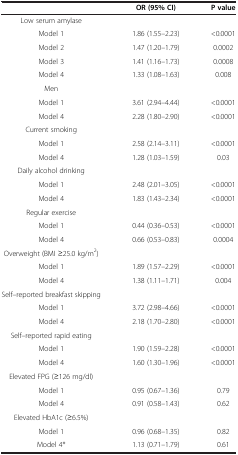
<table><thead><tr><td><b> </b></td><td><b>OR (95% CI)</b></td><td><b>P value</b></td></tr></thead><tbody><tr><td>Low serum amylase</td><td> </td><td> </td></tr><tr><td>Model 1</td><td>1.86 (1.55–2.23)</td><td>&lt;0.0001</td></tr><tr><td>Model 2</td><td>1.47 (1.20–1.79)</td><td>0.0002</td></tr><tr><td>Model 3</td><td>1.41 (1.16–1.73)</td><td>0.0008</td></tr><tr><td>Model 4</td><td>1.33 (1.08–1.63)</td><td>0.008</td></tr><tr><td>Men</td><td> </td><td> </td></tr><tr><td>Model 1</td><td>3.61 (2.94–4.44)</td><td>&lt;0.0001</td></tr><tr><td>Model 4</td><td>2.28 (1.80–2.90)</td><td>&lt;0.0001</td></tr><tr><td>Current smoking</td><td> </td><td> </td></tr><tr><td>Model 1</td><td>2.58 (2.14–3.11)</td><td>&lt;0.0001</td></tr><tr><td>Model 4</td><td>1.28 (1.03–1.59)</td><td>0.03</td></tr><tr><td>Daily alcohol drinking</td><td> </td><td> </td></tr><tr><td>Model 1</td><td>2.48 (2.01–3.05)</td><td>&lt;0.0001</td></tr><tr><td>Model 4</td><td>1.83 (1.43–2.34)</td><td>&lt;0.0001</td></tr><tr><td>Regular exercise</td><td> </td><td> </td></tr><tr><td>Model 1</td><td>0.44 (0.36–0.53)</td><td>&lt;0.0001</td></tr><tr><td>Model 4</td><td>0.66 (0.53–0.83)</td><td>0.0004</td></tr><tr><td>Overweight (BMI ≥25.0 kg/m<sup>2</sup>)</td><td> </td><td> </td></tr><tr><td>Model 1</td><td>1.89 (1.57–2.29)</td><td>&lt;0.0001</td></tr><tr><td>Model 4</td><td>1.38 (1.11–1.71)</td><td>0.004</td></tr><tr><td>Self–reported breakfast skipping</td><td> </td><td> </td></tr><tr><td>Model 1</td><td>3.72 (2.98–4.66)</td><td>&lt;0.0001</td></tr><tr><td>Model 4</td><td>2.18 (1.70–2.80)</td><td>&lt;0.0001</td></tr><tr><td>Self–reported rapid eating</td><td> </td><td> </td></tr><tr><td>Model 1</td><td>1.90 (1.59–2.28)</td><td>&lt;0.0001</td></tr><tr><td>Model 4</td><td>1.60 (1.30–1.96)</td><td>&lt;0.0001</td></tr><tr><td>Elevated FPG (≥126 mg/dl)</td><td> </td><td> </td></tr><tr><td>Model 1</td><td>0.95 (0.67–1.36)</td><td>0.79</td></tr><tr><td>Model 4</td><td>0.91 (0.58–1.43)</td><td>0.62</td></tr><tr><td>Elevated HbA1c (≥6.5%)</td><td> </td><td> </td></tr><tr><td>Model 1</td><td>0.96 (0.68–1.35)</td><td>0.82</td></tr><tr><td>Model 4*</td><td>1.13 (0.71–1.79)</td><td>0.61</td></tr></tbody></table>